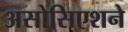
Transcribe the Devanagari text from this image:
असोसिएशने